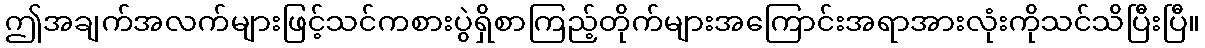
ဤအချက်အလက်များဖြင့်သင်ကစားပွဲရှိစာကြည့်တိုက်များအကြောင်းအရာအားလုံးကိုသင်သိပြီးပြီ။